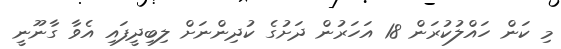
މި ކަން ހައްލުކުރަން 18 އަހަރުން ދަށުގެ ކުދިންނަށް ލިބިދީފައި އެވާ ގާނޫނީ